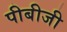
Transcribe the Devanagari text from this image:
पीबीजी